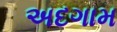
અદગામ